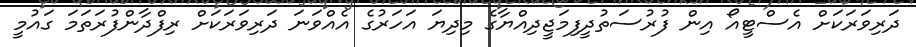
ދަރިވަރަކަށް އެސްޓީއޯ އިން ފުރުސަތުދީފިމަޖީދިއްޔާގެ މިދިޔަ އަހަރުގެ އެއްވަނަ ދަރިވަރަކަށް ރިފްދާންފުރަތަމަ ގައުމީ